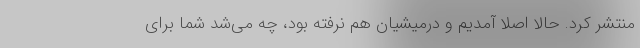
منتشر کرد. حالا اصلا آمدیم و درمیشیان هم نرفته بود، چه می‌شد شما برای